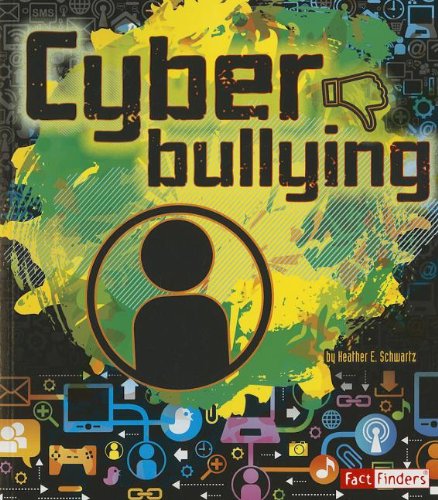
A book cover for Cyberbullying (Tech Safety Smarts); Heather E. Schwartz; Children's Books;